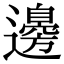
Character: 邊